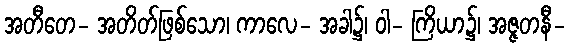
အတီတေ- အတိတ်ဖြစ်သော၊ ကာလေ- အခါ၌၊ ဝါ- ကြိယာ၌၊ အဇ္ဇတနီ-